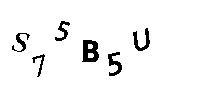
S75B5U